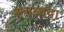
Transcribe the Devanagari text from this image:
अंगलादा